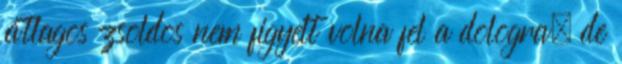
átlagos zsoldos nem figyelt volna fel a dologra, de